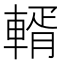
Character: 𨍐